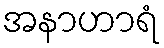
အနာဟာရံ